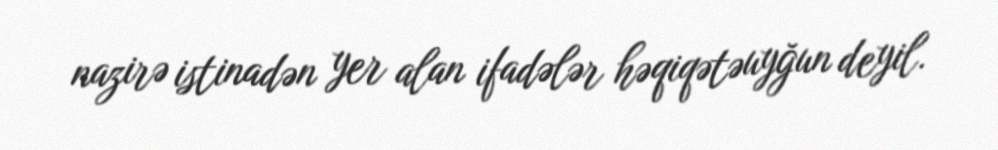
nazirə istinadən yer alan ifadələr həqiqətəuyğun deyil.